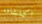
اكتشافه